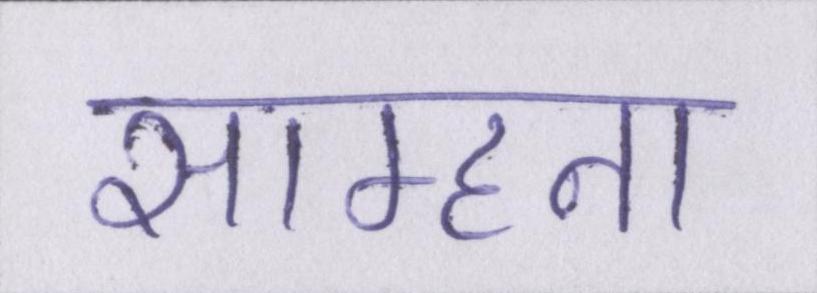
साम्हना